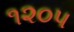
૧૨૦૫